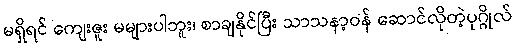
မရှိရင် ကျေးဇူး မများပါဘူး၊ စာချနိုင်ပြီး သာသနာ့ဝန် ဆောင်လိုတဲ့ပုဂ္ဂိုလ်